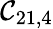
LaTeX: \mathcal{C}_{21,4}